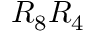
R _ { 8 } R _ { 4 }